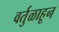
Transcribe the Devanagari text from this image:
वर्तुळाहून